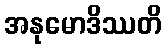
အနုမောဒိဿတိ